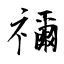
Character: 禰